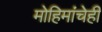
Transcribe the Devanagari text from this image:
मोहिमांचेही